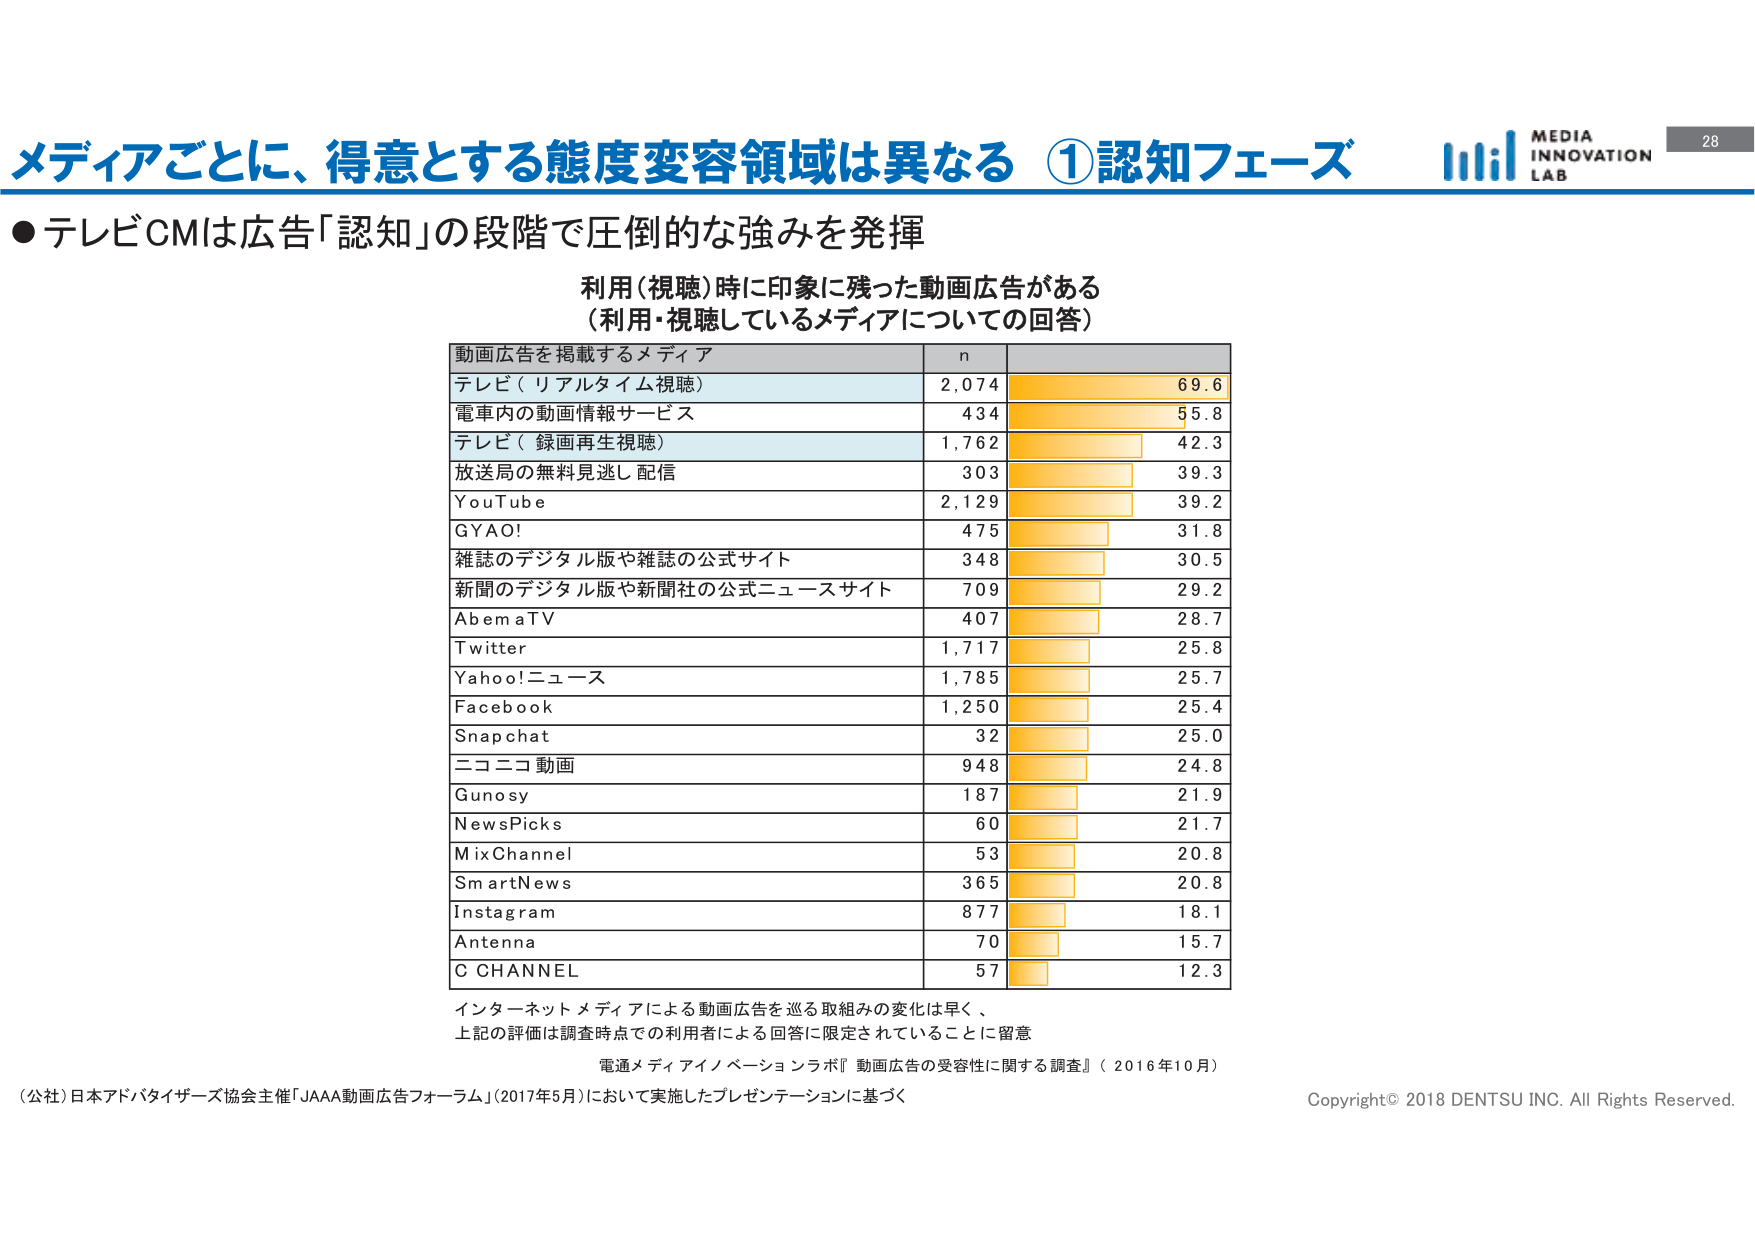
メディアごとに、得意とする態度変容領域は異なる ①認知フェーズ
●テレビCMは広告「認知」の段階で圧倒的な強みを発揮
利用（視聴）時に印象に残った動画広告がある
（利用・視聴しているメディアについての回答）
動画広告を掲載するメディア	n
テレビ（リアルタイム視聴）	2,074	69.6
電車内の動画情報サービス	434	55.8
テレビ（録画再生視聴）	1,762	42.3
放送局の無料見逃し配信	303	39.3
YouTube	2,129	39.2
GYAO!	475	31.8
雑誌のデジタル版や雑誌の公式サイト	348	30.5
新聞のデジタル版や新聞社の公式ニュースサイト	709	29.2
AbemaTV	407	28.7
Twitter	1,717	25.8
Yahoo!ニュース	1,785	25.7
Facebook	1,250	25.4
Snapchat	32	25.0
ニコニコ動画	948	24.8
Gunosy	187	21.9
NewsPicks	60	21.7
MixChannel	53	20.8
SmartNews	365	20.8
Instagram	877	18.1
Antenna	70	15.7
C CHANNEL	57	12.3
インターネットメディアによる動画広告を巡る取組みの変化は早く、
上記の評価は調査時点での利用者による回答に限定されていることに留意
電通メディアイノベーションラボ『動画広告の受容性に関する調査』（2016年10月）
（公社）日本アドバタイザーズ協会主催「JAAA動画広告フォーラム」（2017年5月）において実施したプレゼンテーションに基づく
Copyright© 2018 DENTSU INC. All Rights Reserved.
MEDIA INNOVATION LAB
28